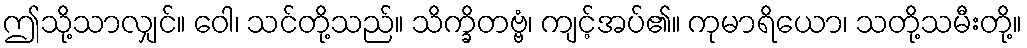
ဤသို့သာလျှင်။ ဝေါ၊ သင်တို့သည်။ သိက္ခိတဗ္ဗံ၊ ကျင့်အပ်၏။ ကုမာရိယော၊ သတို့သမီးတို့။